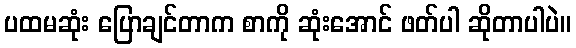
ပထမဆုံး ပြောချင်တာက စာကို ဆုံးအောင် ဖတ်ပါ ဆိုတာပါပဲ။